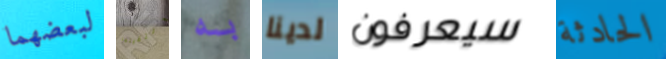
لبعضهما التقيتما به لدينا سيعرفون الحادثة